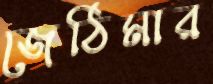
জেঠিমার